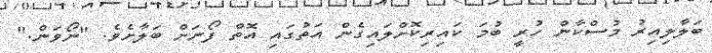
ބަލާލިއިރު މުސްކާން ހުރީ ބުމަ ކައިރިކޮށްލައިގެން އަތުގައި އޮތް ފޯނަށް ބަލާށެވެ. "ނޯވަން."